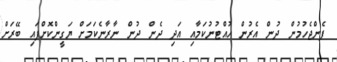
ފެންޖެހުމުން ދުން އެރުން ހުއްޓުނުކަމާއި އަދި ދެން ދުން ނާރާނެކަމަށް ޔަގީންކޮށްފައި ބޭރަށް